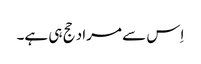
اِس سے مراد حج ہی ہے۔